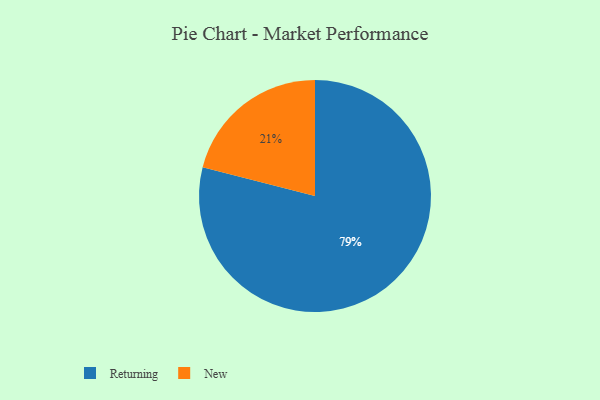
{"axis": {"x": "Category", "y": "Percentage"}, "legend": ["New", "Returning"], "data": [{"x": "Returning", "y": 79, "type": "Returning"}, {"x": "New", "y": 21, "type": "New"}]}